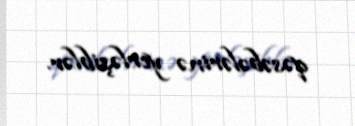
qəsəbələrinə yerləşiblər.